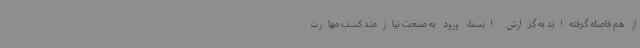
از هم فاصله گرفته‌اند به گزارش ایسنا، ورود به صنعت نیازمند کسب مهارت